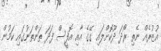
އުޒުރެއް ނެތި ރޯދަ ދޫކޮށްލައި ގޭގެ އާއި އޮފީސް ފަދަ ތަންތަނުގައި ކަމުން